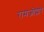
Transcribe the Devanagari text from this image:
रामजीद्वारे